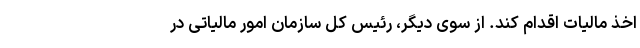
اخذ مالیات اقدام کند. از سوی دیگر، رئیس کل سازمان امور مالیاتی در